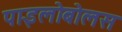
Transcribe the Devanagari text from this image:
पाइलोबोलस